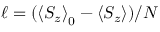
\ensuremath { \ell } = ( \ensuremath { \left\langle { \ensuremath { S _ { z } } } \right\rangle } _ { 0 } - \ensuremath { \left\langle { \ensuremath { S _ { z } } } \right\rangle } ) / N